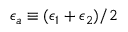
\epsilon _ { a } \equiv ( \epsilon _ { 1 } + \epsilon _ { 2 } ) / 2